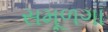
સમૂળગા